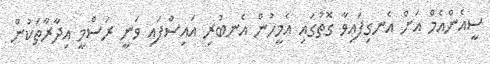
ސީއެންއެމް އަށް އެނގިފައިވާ ގޮތުގައި އެމީހުން އެނބުރި އައިސްފައި ވަނީ ރަސްމީ އިދާރާތަކުން